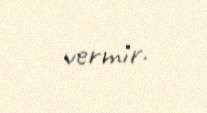
vermir.